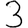
Digit: 3